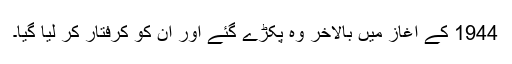
1944 کے آغاز میں بالاخر وہ پکڑے گئے اور ان کو کرفتار کر لیا گیا۔